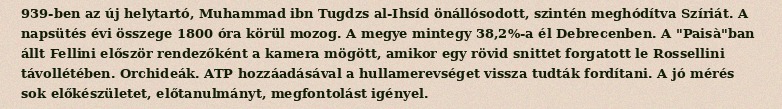
939-ben az új helytartó, Muhammad ibn Tugdzs al-Ihsíd önállósodott, szintén meghódítva Szíriát. A napsütés évi összege 1800 óra körül mozog. A megye mintegy 38,2%-a él Debrecenben. A "Paisà"ban állt Fellini először rendezőként a kamera mögött, amikor egy rövid snittet forgatott le Rossellini távollétében. Orchideák. ATP hozzáadásával a hullamerevséget vissza tudták fordítani. A jó mérés sok előkészületet, előtanulmányt, megfontolást igényel.